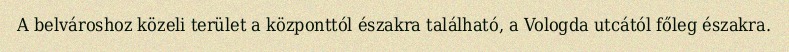
A belvároshoz közeli terület a központtól északra található, a Vologda utcától főleg északra.